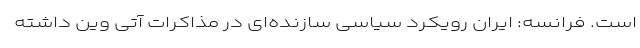
است. فرانسه: ایران رویکرد سیاسی سازنده‌ای در مذاکرات آتی وین داشته